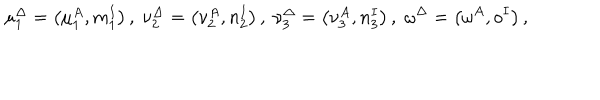
\mu _ { 1 } ^ { \Delta } = \left( \mu _ { 1 } ^ { A } , m _ { 1 } ^ { I } \right) , \; \nu _ { 2 } ^ { \Delta } = \left( \nu _ { 2 } ^ { A } , n _ { 2 } ^ { I } \right) , \; \nu _ { 3 } ^ { \Delta } = \left( \nu _ { 3 } ^ { A } , n _ { 3 } ^ { I } \right) , \; \omega ^ { \Delta } = \left( \omega ^ { A } , o ^ { I } \right) ,